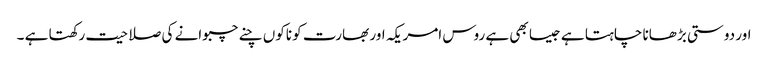
اور دوستی بڑھانا چاہتا ہے جیسا بھی ہے روس امریکہ اور بھارت کو ناکوں چنے چبوانے کی صلاحیت رکھتا ہے ۔